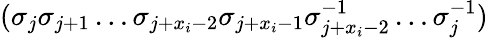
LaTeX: (\sigma_{j}\sigma_{j+1}\dots\sigma_{j+x_{i}-2}\sigma_{j+x_{i}-1}\sigma_{j+x_{i}-2}^{-1}\dots\sigma_{j}^{-1})